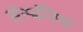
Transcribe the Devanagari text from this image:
सेस्बॅनिया